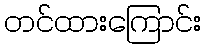
တင်ထားကြောင်း